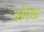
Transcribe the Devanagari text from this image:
वपिस